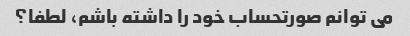
می توانم صورتحساب خود را داشته باشم، لطفا؟